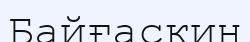
Байғаскин